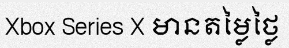
Xbox Series X មានតម្លៃថ្លៃ